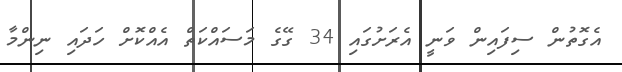
އެގޮތުން ސިފައިން ވަނީ އެރަށުގައި 34 ގޭގެ މަސައްކަތް އެއްކޮށް ހަދައި ނިންމާ